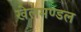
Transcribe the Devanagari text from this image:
खेलमण्डल